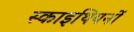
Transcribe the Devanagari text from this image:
स्काइथियनों